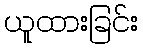
ယူထားခြင်း